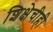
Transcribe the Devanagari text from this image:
शिक्षेचीही